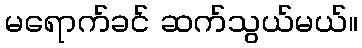
မရောက်ခင် ဆက်သွယ်မယ်။